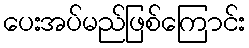
ပေးအပ်မည်ဖြစ်ကြောင်း